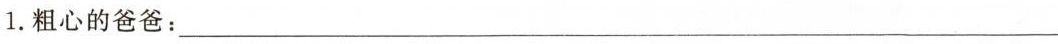
1. 粗心的爸爸：___